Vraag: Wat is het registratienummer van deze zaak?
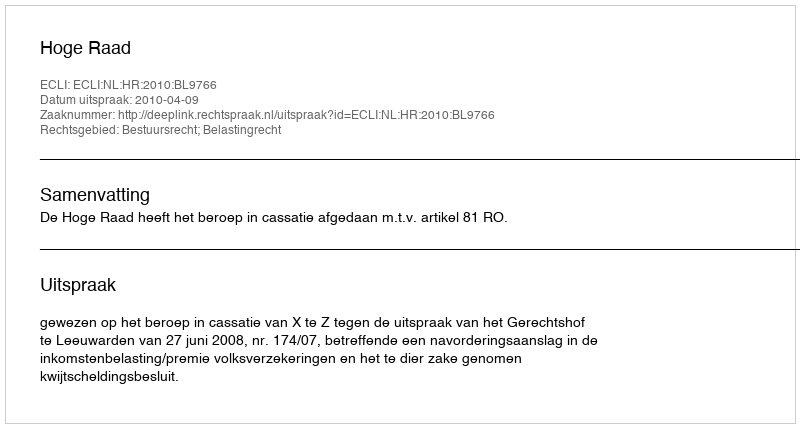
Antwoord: http://deeplink.rechtspraak.nl/uitspraak?id=ECLI:NL:HR:2010:BL9766